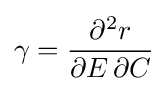
\gamma ={\frac {\partial ^{2}r}{\partial E\,\partial C}}